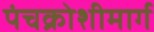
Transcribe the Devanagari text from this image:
पंचक्रोशीमार्ग